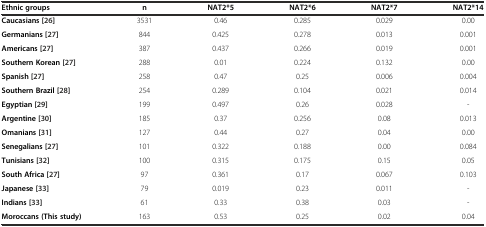
<table><thead><tr><td><b>Ethnic groups</b></td><td><b>n</b></td><td><b>NAT2*5</b></td><td><b>NAT2*6</b></td><td><b>NAT2*7</b></td><td><b>NAT2*14</b></td></tr></thead><tbody><tr><td><b>Caucasians [</b>26<b>]</b></td><td>3531</td><td>0.46</td><td>0.285</td><td>0.029</td><td>0.00</td></tr><tr><td><b>Germanians [</b>27<b>]</b></td><td>844</td><td>0.425</td><td>0.278</td><td>0.013</td><td>0.001</td></tr><tr><td><b>Americans [</b>27<b>]</b></td><td>387</td><td>0.437</td><td>0.266</td><td>0.019</td><td>0.001</td></tr><tr><td><b>Southern Korean [</b>27<b>]</b></td><td>288</td><td>0.01</td><td>0.224</td><td>0.132</td><td>0.00</td></tr><tr><td><b>Spanish [</b>27<b>]</b></td><td>258</td><td>0.47</td><td>0.25</td><td>0.006</td><td>0.004</td></tr><tr><td><b>Southern Brazil [</b>28<b>]</b></td><td>254</td><td>0.289</td><td>0.104</td><td>0.021</td><td>0.014</td></tr><tr><td><b>Egyptian [</b>29<b>]</b></td><td>199</td><td>0.497</td><td>0.26</td><td>0.028</td><td>-</td></tr><tr><td><b>Argentine [</b>30<b>]</b></td><td>185</td><td>0.37</td><td>0.256</td><td>0.08</td><td>0.013</td></tr><tr><td><b>Omanians [</b>31<b>]</b></td><td>127</td><td>0.44</td><td>0.27</td><td>0.04</td><td>0.00</td></tr><tr><td><b>Senegalians [</b>27<b>]</b></td><td>101</td><td>0.322</td><td>0.188</td><td>0.00</td><td>0.084</td></tr><tr><td><b>Tunisians [</b>32<b>]</b></td><td>100</td><td>0.315</td><td>0.175</td><td>0.15</td><td>0.05</td></tr><tr><td><b>South Africa [</b>27<b>]</b></td><td>97</td><td>0.361</td><td>0.17</td><td>0.067</td><td>0.103</td></tr><tr><td><b>Japanese [</b>33<b>]</b></td><td>79</td><td>0.019</td><td>0.23</td><td>0.011</td><td>-</td></tr><tr><td><b>Indians [</b>33<b>]</b></td><td>61</td><td>0.33</td><td>0.38</td><td>0.03</td><td>-</td></tr><tr><td><b>Moroccans (This study)</b></td><td>163</td><td>0.53</td><td>0.25</td><td>0.02</td><td>0.04</td></tr></tbody></table>